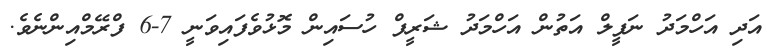
އަދި އަހްމަދު ނަފީލް އަތުން އަހްމަދު ޝަރީފް ހުސައިން މޮޅުވެފައިވަނީ 7-6 ފްރޭމްއިންނެވެ.